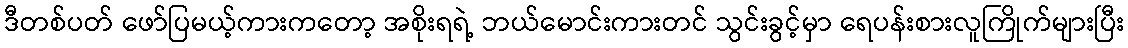
ဒီတစ်ပတ် ဖော်ပြမယ့်ကားကတော့ အစိုးရရဲ့ ဘယ်မောင်းကားတင် သွင်းခွင့်မှာ ရေပန်းစားလူကြိုက်များပြီး